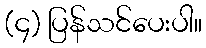
(၄) ပြန်သင်ပေးပါ။